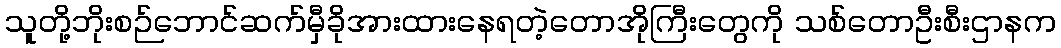
သူတို့ဘိုးစဉ်ဘောင်ဆက်မှီခိုအားထားနေရတဲ့တောအိုကြီးတွေကို သစ်တောဦးစီးဌာနက